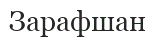
Зарафшан